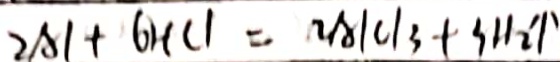
2 A l + 6 H C l = 2 A l C l _ { 3 } + 3 H _ { 2 } \uparrow